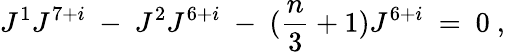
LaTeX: J^{1}J^{7+i}\ -\ J^{2}J^{6+i}\ -\ ({\frac{n}{3}}+1)J^{6+i}\ =\ 0\ ,